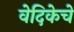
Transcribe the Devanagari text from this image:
वेदिकेचे